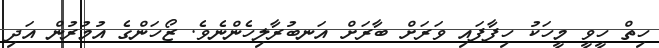
ހިތް ހީވީ މީހަކު ހިފާފައި ވަރަށް ބާރަށް އަނބުރާލިހެންނެވެ. ޒޯހަންގެ އުމުރުން އަދި